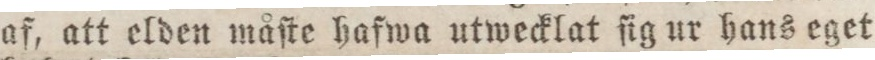
af, att elden måſte hafwa utwecklat ſig ur hans eget